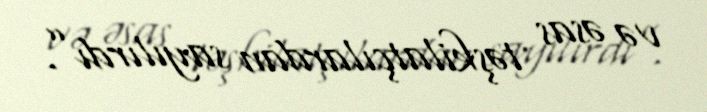
və əsas təşkilatçılardan sayılırdı”.